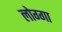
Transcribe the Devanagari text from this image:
लोग्गा